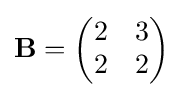
\mathbf {B} ={\begin{pmatrix}2&3\\2&2\end{pmatrix}}